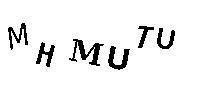
MHMUTU